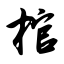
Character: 棺